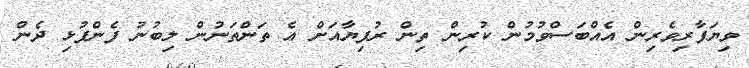
ވިޔަފާރިވެރިން އެއްބަސްވުމުން ކުރިން ތިން ރުފިޔާއަށް އެ ތަންތަނުން ލިބުނު ފެންފުޅި ދެން